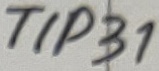
Text: TIP31